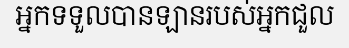
អ្នកទទួលបានឡានរបស់អ្នកជួល